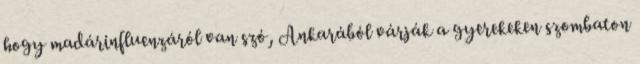
hogy madárinfluenzáról van szó, Ankarából várják a gyerekeken szombaton